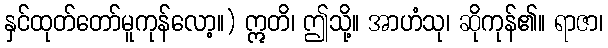
နှင်ထုတ်တော်မူကုန်လော့။) ဣတိ၊ ဤသို့။ အာဟံသု၊ ဆိုကုန်၏။ ရာဇာ၊